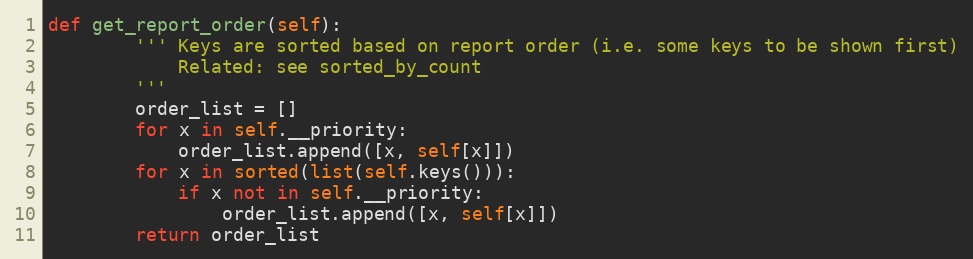
Language: Python
def get_report_order(self):
        ''' Keys are sorted based on report order (i.e. some keys to be shown first)
            Related: see sorted_by_count
        '''
        order_list = []
        for x in self.__priority:
            order_list.append([x, self[x]])
        for x in sorted(list(self.keys())):
            if x not in self.__priority:
                order_list.append([x, self[x]])
        return order_list